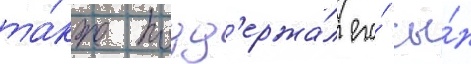
та́кже подд'ержа́л его́ сы́н